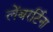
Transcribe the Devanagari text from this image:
लेंबरर्टिना